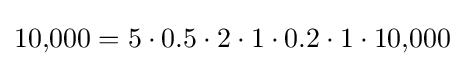
10{,}000=5\cdot 0.5\cdot 2\cdot 1\cdot 0.2\cdot 1\cdot 10{,}000